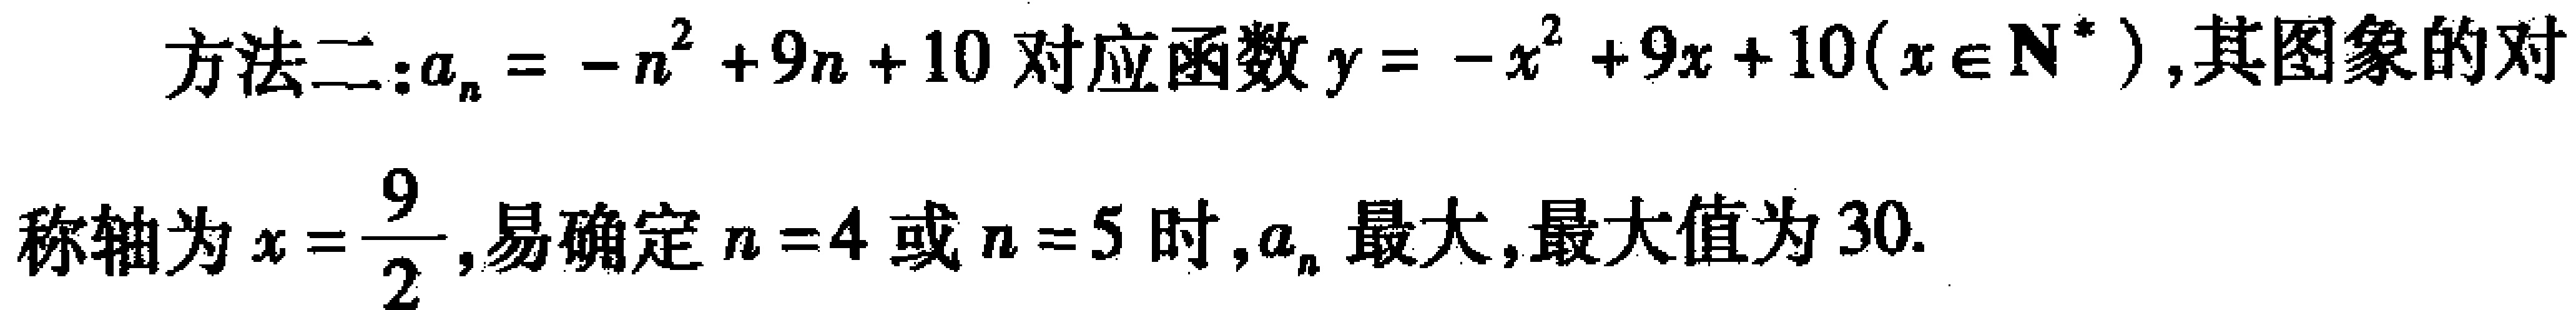
方法二:$a_{n} = -n^{2} + 9n + 10$对应函数$y = -x^{2} + 9x + 10(x\in \mathbf{N}^{*})$,其图象的对
称轴为$x = \dfrac{9}{2}$,易确定$n = 4$或$n = 5$时,$a_{n}$最大,最大值为$30$.